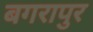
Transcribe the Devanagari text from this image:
बगरापुर